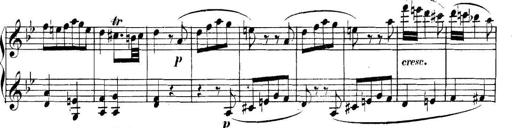
Title: Collected Piano Sonatas
Composer: Muzio Clementi